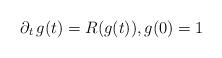
LaTeX: \begin{align*}\partial_t \, g(t) = R(g(t)), g(0) = 1\end{align*}